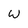
Character: W